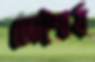
ভোশ্বৈর্য